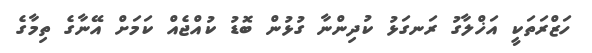
ހަޒްރަތަކީ އަޚްލާގު ރަނގަޅު ކުދިންނާ ގުޅުން ބޮޑު ކުއްޖެއް ކަމަށް އޭނާގެ ތިމާގެ